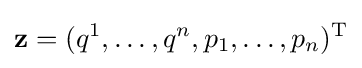
\mathbf {z} =(q^{1},\ldots ,q^{n},p_{1},\ldots ,p_{n})^{\mathrm {T} }